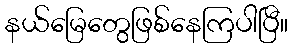
နယ်မြေတွေဖြစ်နေကြပါပြီ။